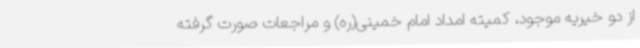
از دو خیریه موجود، کمیته امداد امام خمینی(ره) و مراجعات صورت گرفته